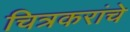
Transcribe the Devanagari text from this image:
चित्रकरांचे